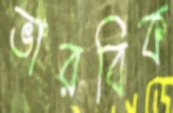
ভারবিক